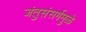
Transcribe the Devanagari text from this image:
जंतुसंसर्गमुळे